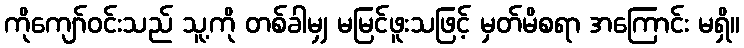
ကိုကျော်ဝင်းသည် သူ့ကို တစ်ခါမျှ မမြင်ဖူးသဖြင့် မှတ်မိစရာ အကြောင်း မရှိ။